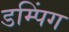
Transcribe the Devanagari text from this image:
डम्पिंग